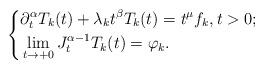
LaTeX: \begin{align*}\left\{ \begin{aligned}&\partial_t^\alpha T_k(t) + \lambda_k t^{\beta}T_k(t) =t^{\mu}f_k,t>0; \\&\lim\limits_{t\rightarrow +0}J_t^{\alpha-1} T_k(t) =\varphi_k.\end{aligned}\right.\end{align*}